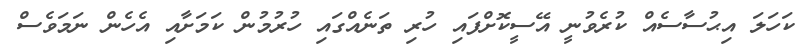
ކަހަލަ އިޙުސާސެއް ކުރެވުނީ އޭސީކޮށްފައި ހުރި ތަނެއްގައި ހުރުމުން ކަމަށާއި އެހެން ނަމަވެސް